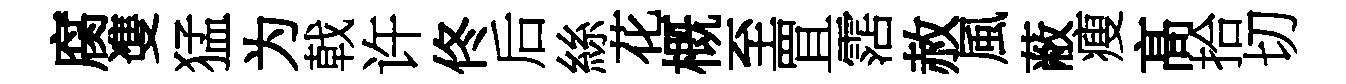
腐㕠猛为戟许佟后絲花概至罝霑赦風蔽瘦髙拾切